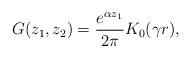
LaTeX: \begin{align*}G(z_1,z_2)= \frac{e^{\alpha z_1}}{2\pi}K_0(\gamma r),\end{align*}